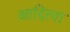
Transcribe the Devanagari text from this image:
आदित्या